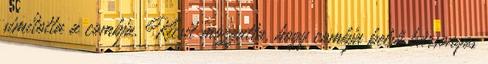
simította a combja. Kicsit mozgatta, hogy combja belső bársonyos